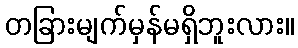
တခြားမျက်မှန်မရှိဘူးလား။